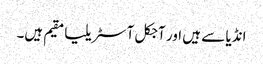
انڈیا سے ہیں اور آجکل آسٹریلیا مقیم ہیں۔